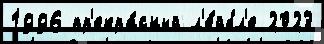
1996 пр'екра́сный л'е́йбл'е 2023